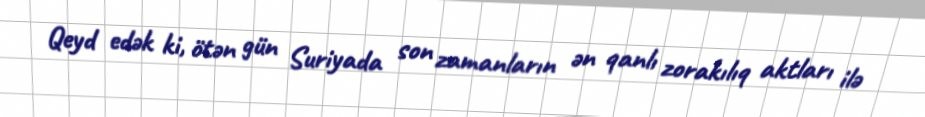
Qeyd edək ki, ötən gün Suriyada son zamanların ən qanlı zorakılıq aktları ilə